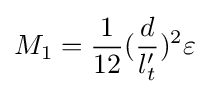
M_{1}={\frac {1}{12}}({\frac {d}{l_{t}'}})^{2}\varepsilon